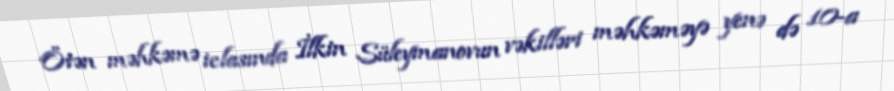
Ötən məhkəmə iclasında İlkin Süleymanovun vəkilləri məhkəməyə yenə də 10-a